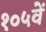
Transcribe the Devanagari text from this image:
१०५वें